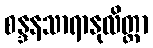
စန္ဒနသာရာနုလိတ္တာ